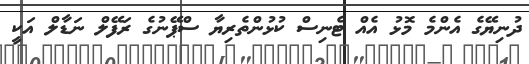
ދުނިޔޭގެ އެންމެ މޮޅު އެއް ޓެނިސް ކުޅުންތެރިޔާ ސްޕޭނުގެ ރަފޭލް ނަޑާލް އަކީ